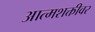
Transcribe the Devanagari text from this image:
आत्मशक्तीवर